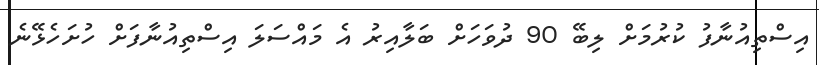
އިސްތިއުނާފު ކުރުމަށް ލިބޭ 90 ދުވަހަށް ބަލާއިރު އެ މައްސަލަ އިސްތިއުނާފަށް ހުށަހެޅޭނެ